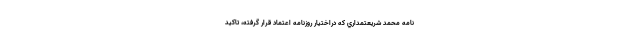
نامه محمد شريعتمداري كه دراختيار روزنامه اعتماد قرار گرفته، تاكيد